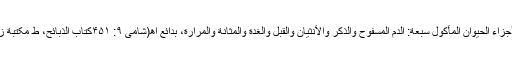
ما یحرم من أجزاء الحیوان المأکول سبعة: الدم المسفوح والذکر والأنثیان والقبل والغدة والمثانة والمرارة، بدائع اھ(شامی ۹: ۴۵۱کتاب الذبائح، ط مکتبة زکریا دیوبند)